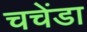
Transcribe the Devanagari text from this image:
चचेंडा